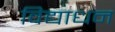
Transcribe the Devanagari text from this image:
विद्याधन